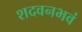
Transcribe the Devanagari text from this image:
शदवनभवं